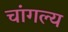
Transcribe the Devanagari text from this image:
चांगल्य